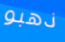
ذهبو